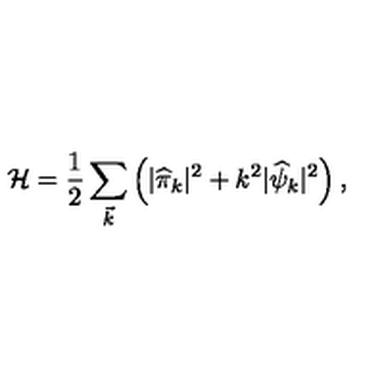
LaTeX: { \cal H } = \frac { 1 } { 2 } \sum _ { \vec { k } } \left( | { \widehat \pi } _ { k } | ^ { 2 } + k ^ { 2 } | { \widehat \psi } _ { k } | ^ { 2 } \right) ,